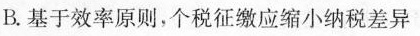
B.基于效率原则，个税征缴应缩小纳税差异